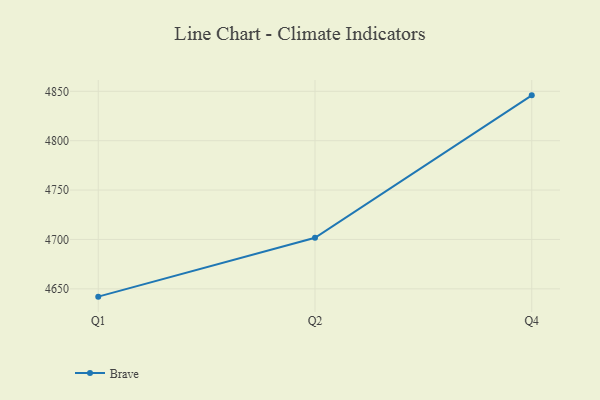
{"axis": {"x": "Quarter", "y": "Waste Production (Tons)"}, "legend": ["Brave"], "data": [{"x": "Q1", "y": 4642.1, "type": "Brave"}, {"x": "Q2", "y": 4701.7, "type": "Brave"}, {"x": "Q4", "y": 4845.9, "type": "Brave"}]}